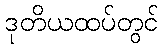
ဒုတိယထပ်တွင်